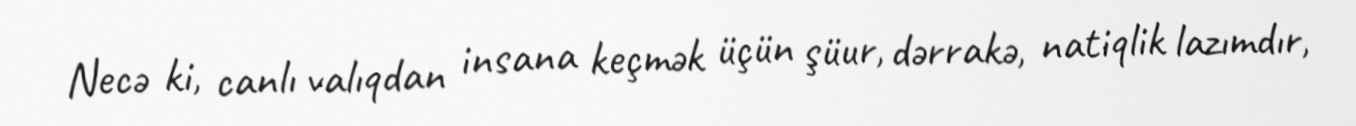
Necə ki, canlı valıqdan insana keçmək üçün şüur, dərrakə, natiqlik lazımdır,